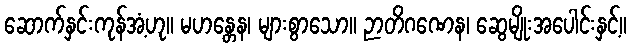
ဆောက်နှင်းကုန်အံ့ဟု။ မဟန္တေန၊ များစွာသော။ ဉာတိဂဏေန၊ ဆွေမျိုးအပေါင်းနှင့်။